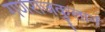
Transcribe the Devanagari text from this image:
गणराजकुलानं